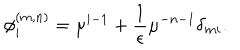
\phi _ { i } ^ { ( m , n ) } = \mu ^ { i - 1 } + \frac { 1 } { \epsilon } \mu ^ { - n - 1 } \delta _ { m i } .